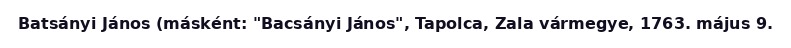
Batsányi János (másként: "Bacsányi János", Tapolca, Zala vármegye, 1763. május 9.